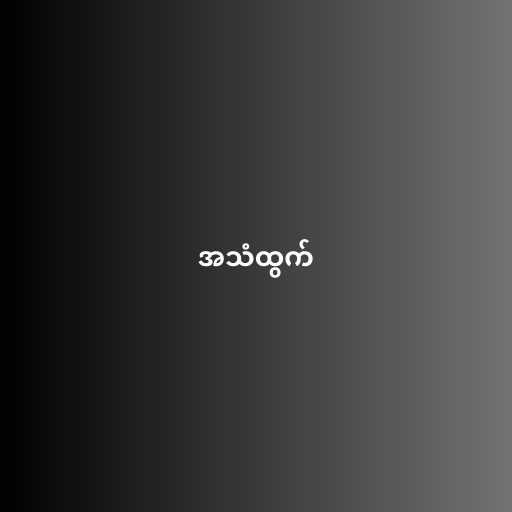
အသံထွက်